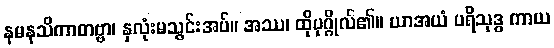
နမနသိကာတဗ္ဗာ၊ နှလုံးမသွင်းအပ်။ အဿ၊ ထိုပုဂ္ဂိုလ်၏။ ယာအယံ ပရိသုဒ္ဓ ကာယ